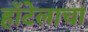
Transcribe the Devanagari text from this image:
हॉटेलाचा